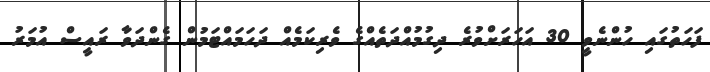
ފަހަތުގައި ހުންނެވީ 30 އަހަރަށްވުރެ ދިގުމުއްދަތެއްގެ ވެރިކަމެއް ދަހަމައްޓަމުން ގެންދަވާ ރައީސް އުމަރު